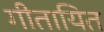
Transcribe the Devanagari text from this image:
गीतायित